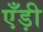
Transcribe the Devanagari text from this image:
एँड़ी